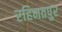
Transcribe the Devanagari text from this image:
रहिमतपुर